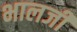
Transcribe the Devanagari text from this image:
भालजीं